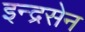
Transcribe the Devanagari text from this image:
इन्द्रसेन